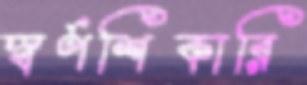
স্বর্ণশিকারি